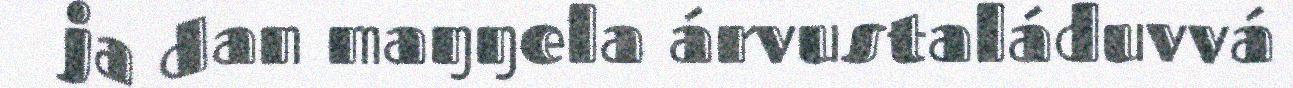
ja dan maŋŋela árvustaláduvvá